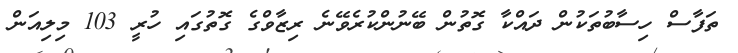
ތަފާސް ހިސާބުތަކުން ދައްކާ ގޮތުން ބޭނުންކުރެވޭނެ ރިޒާވްގެ ގޮތުގައި ހުރީ 103 މިލިއަން